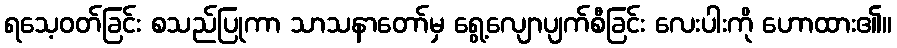
ရသေ့ဝတ်ခြင်း စသည်ပြုကာ သာသနာတော်မှ ရွေ့လျောပျက်စီခြင်း လေးပါးကို ဟောထား၏။